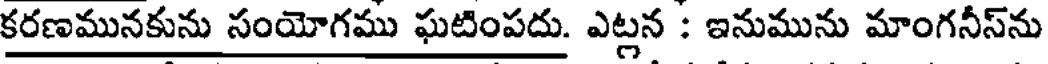
కరణమునకును సంయోగము ఘటింపదు. ఎట్లన : ఇనుమును మాంగనీస్ను